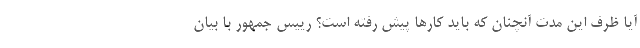
آیا ظرف این مدت آنچنان که باید کارها پیش رفته است؟ رییس جمهور با بیان